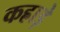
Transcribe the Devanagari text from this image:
कह्राड़े